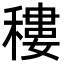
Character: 䅹